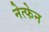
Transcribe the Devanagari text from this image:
नेत्फेन